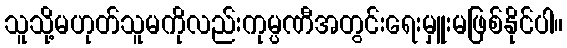
သူသို့မဟုတ်သူမကိုလည်းကုမ္ပဏီအတွင်းရေးမှူးမဖြစ်နိုင်ပါ။